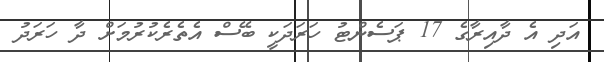
އަދި އެ ދާއިރާގެ 17 ޕަސެންޓު ހަރަދަކީ ބޭސް އެތެރެކުރުމަށް ދާ ހަރަދު